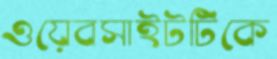
ওয়েবসাইটটিকে